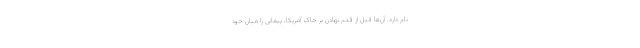
نام دارد. آن‌ها قبل از قدم نهادن بر خاک آمریکا، پیمانی را میان خود